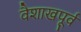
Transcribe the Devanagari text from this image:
वैशाखपूर्व